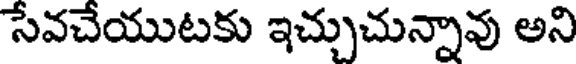
సేవచేయుటకు ఇచ్చుచున్నావు అని